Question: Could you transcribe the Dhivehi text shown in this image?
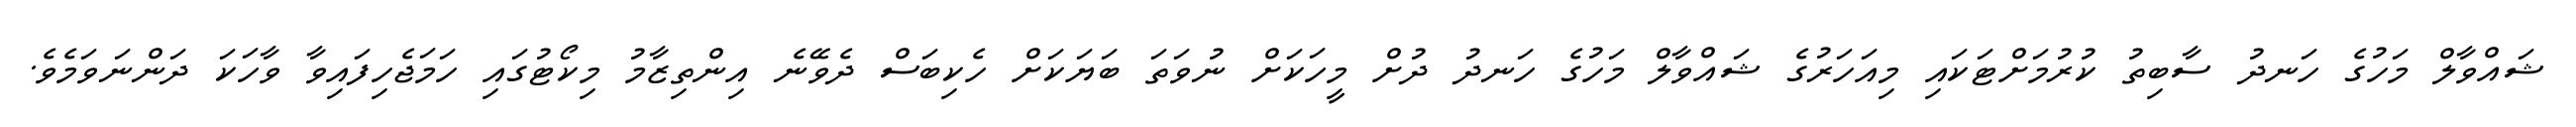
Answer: ޝައްވާލް މަހުގެ ހަނދު ސާބިތު ކުރުމަށްޓަކައި މިއަހަރުގެ ޝައްވާލް މަހުގެ ހަނދު ދުށް މީހަކަށް ނުވަތަ ބަޔަކަށް ހެކިބަސް ދެވޭނެ އިންތިޒާމު މިކޯޓުގައި ހަމަޖެހިފައިވާ ވާހަކަ ދަންނަވަމެވެ.